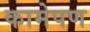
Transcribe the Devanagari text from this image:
कामेपण